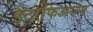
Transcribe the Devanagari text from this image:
इंटरफिअरन्स